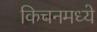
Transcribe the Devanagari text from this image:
किचनमध्ये